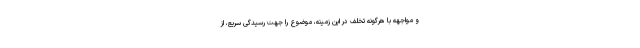
و مواجهه با هرگونه تخلف در این زمینه، موضوع را جهت رسیدگی سریع، از